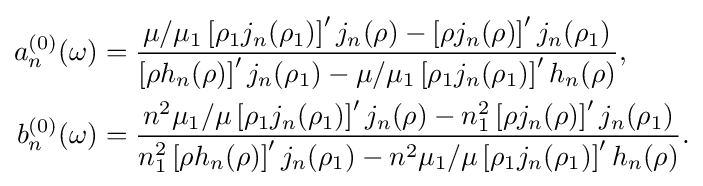
{\begin{aligned}a_{n}^{(0)}(\omega )&={\frac {\mu /\mu _{1}\left[\rho _{1}j_{n}(\rho _{1})\right]'j_{n}(\rho )-\left[\rho j_{n}(\rho )\right]'j_{n}(\rho _{1})}{\left[\rho h_{n}(\rho )\right]'j_{n}(\rho _{1})-\mu /\mu _{1}\left[\rho _{1}j_{n}(\rho _{1})\right]'h_{n}(\rho )}},\\b_{n}^{(0)}(\omega )&={\frac {n^{2}\mu _{1}/\mu \left[\rho _{1}j_{n}(\rho _{1})\right]'j_{n}(\rho )-n_{1}^{2}\left[\rho j_{n}(\rho )\right]'j_{n}(\rho _{1})}{n_{1}^{2}\left[\rho h_{n}(\rho )\right]'j_{n}(\rho _{1})-n^{2}\mu _{1}/\mu \left[\rho _{1}j_{n}(\rho _{1})\right]'h_{n}(\rho )}}.\end{aligned}}